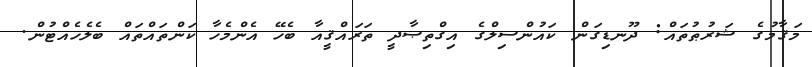
މަޤާމުގެ ޝަރުޠުތައް: ދޫނޑިގަން ކައުންސިލްގެ އިގްތިޞާދީ ތަރައްޤީއާ ބެހޭ އެންމެހާ ކަންތައްތައް ބެލެހެއްޓުން.